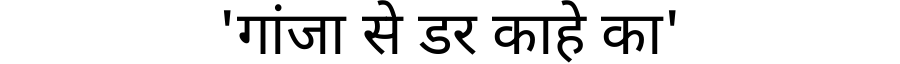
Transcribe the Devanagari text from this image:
'गांजा से डर काहे का'